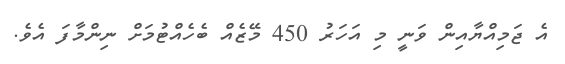
އެ ޖަމިއްޔާއިން ވަނީ މި އަހަރު 450 މޭޒެއް ބެހެއްޓުމަށް ނިންމާފަ އެވެ.